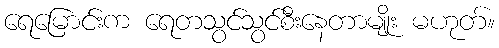
ရေမြောင်းက ရေတသွင်သွင်စီးနေတာမျိုး မဟုတ်။